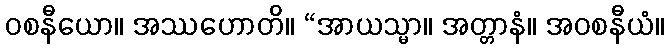
ဝစနီယော။ အဿဟောတိ။ “အာယသ္မာ။ အတ္တာနံ။ အဝစနီယံ။